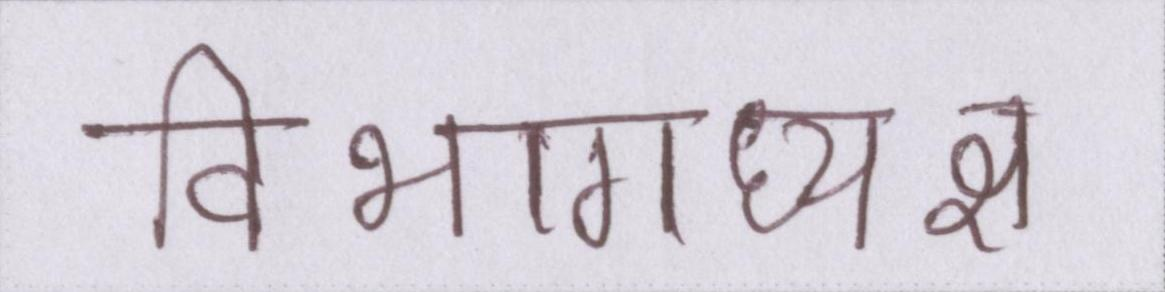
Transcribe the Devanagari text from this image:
विभागाध्यक्ष